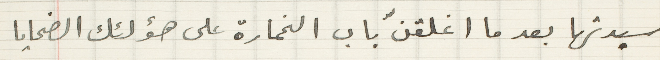
سيدتها بعد ما اغلقنّ باب الخمارة على هؤلئك الضحايا